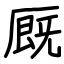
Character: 厩